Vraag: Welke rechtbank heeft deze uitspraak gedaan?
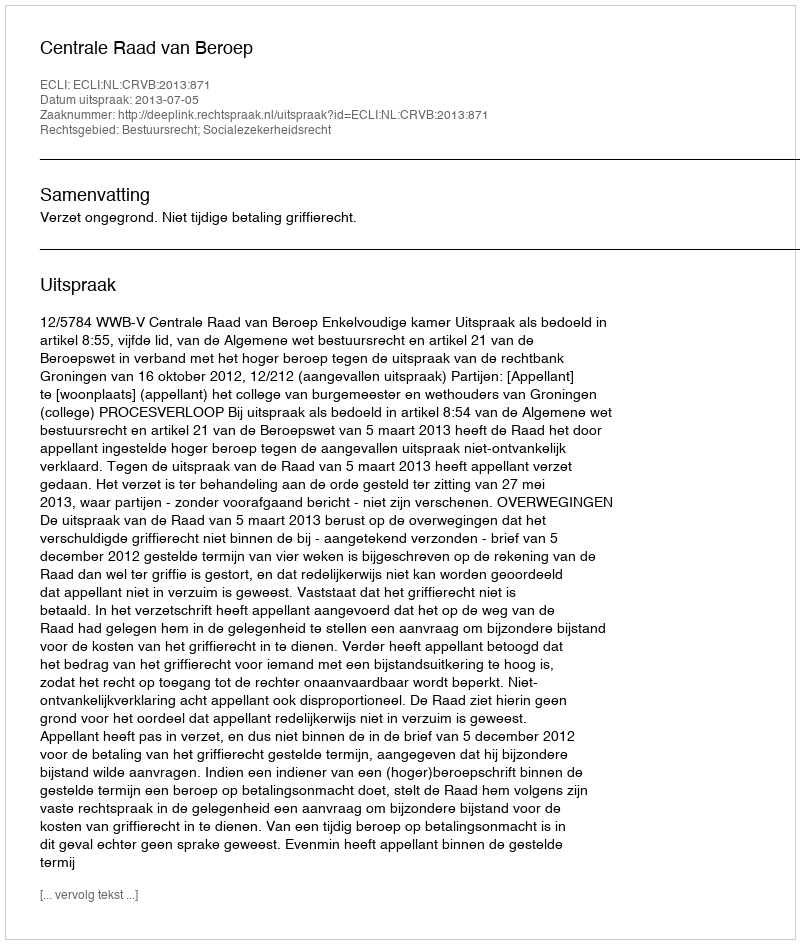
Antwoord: Centrale Raad van Beroep